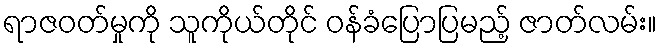
ရာဇဝတ်မှုကို သူကိုယ်တိုင် ဝန်ခံပြောပြမည့် ဇာတ်လမ်း။